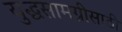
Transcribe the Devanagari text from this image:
युद्धसामग्रीसाठी